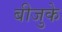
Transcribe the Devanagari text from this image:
बीजुके